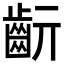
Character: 𪗞